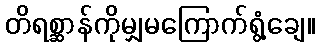
တိရစ္ဆာန်ကိုမျှမကြောက်ရွံ့ချေ။